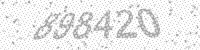
Solution: 898420